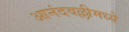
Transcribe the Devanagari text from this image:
आनंदवल्लीमध्ये